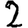
Digit: 2